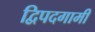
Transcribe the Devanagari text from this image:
द्विपदगामी